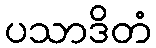
ပသာဒိတံ